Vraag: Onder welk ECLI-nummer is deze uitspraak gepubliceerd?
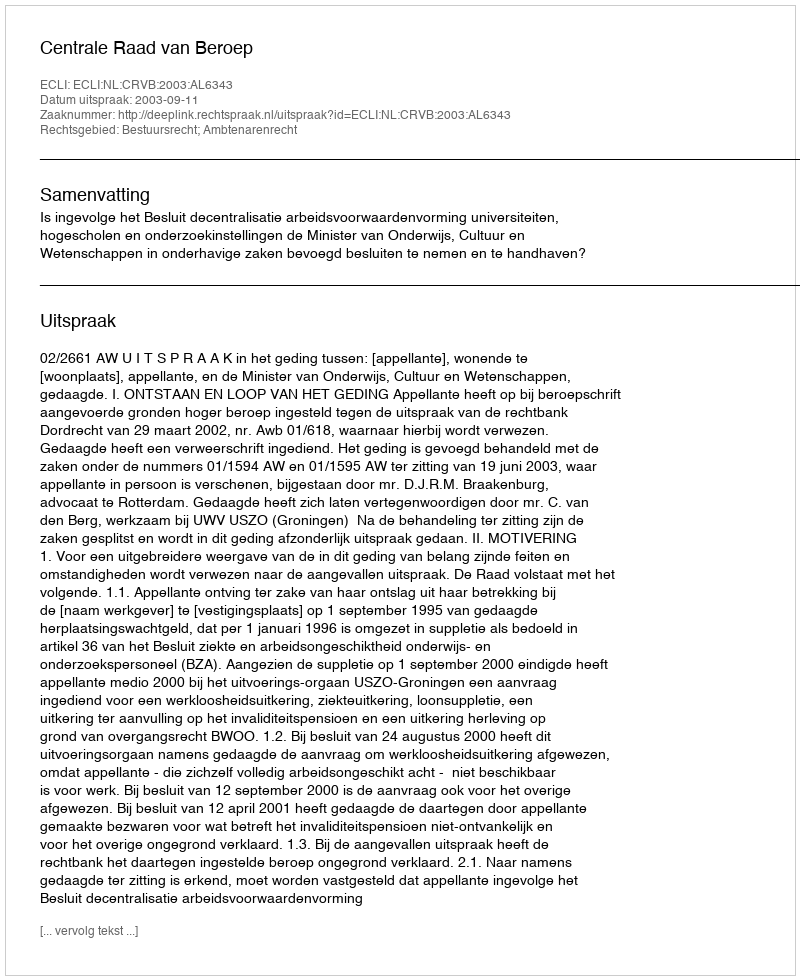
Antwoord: ECLI:NL:CRVB:2003:AL6343